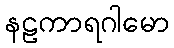
နဠကာရဂါမော